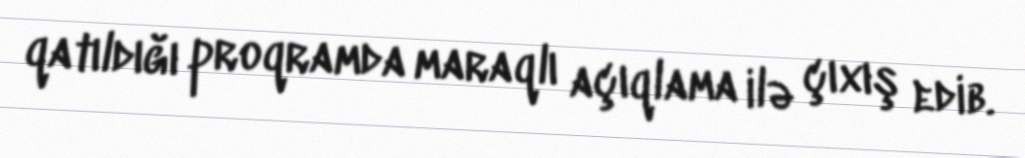
qatıldığı proqramda maraqlı açıqlama ilə çıxış edib.